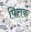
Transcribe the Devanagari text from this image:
पित्तक